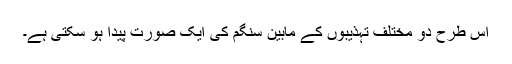
اس طرح دو مختلف تہذیبوں کے مابین سنگم کی ایک صورت پیدا ہو سکتی ہے۔